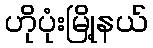
ဟိုပုံးမြို့နယ်